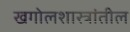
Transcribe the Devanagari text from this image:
खगोलशास्त्रांतील